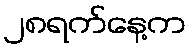
၂၈ရက်နေ့က